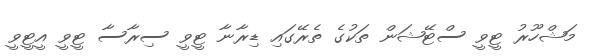
މަޝްހޫރު ޓީވީ ސްޓޭޝަން ތަކުގެ ތެރޭގައި ޑިރާނާ ޓީވީ ސިރާސާ ޓީވީ އީޓީވީ